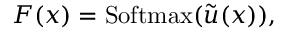
F ( x ) = \mathrm { S o f t m a x } ( \tilde { u } ( x ) ) ,